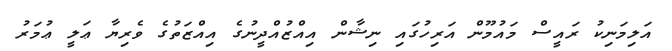
އަލިމަނިކު ރައީސް މައުމޫން އަރިހުގައި ނިޝާން އިއްޒުއްދީނުގެ އިއްޒަތުގެ ވެރިޔާ ޢަލީ ޢުމަރު